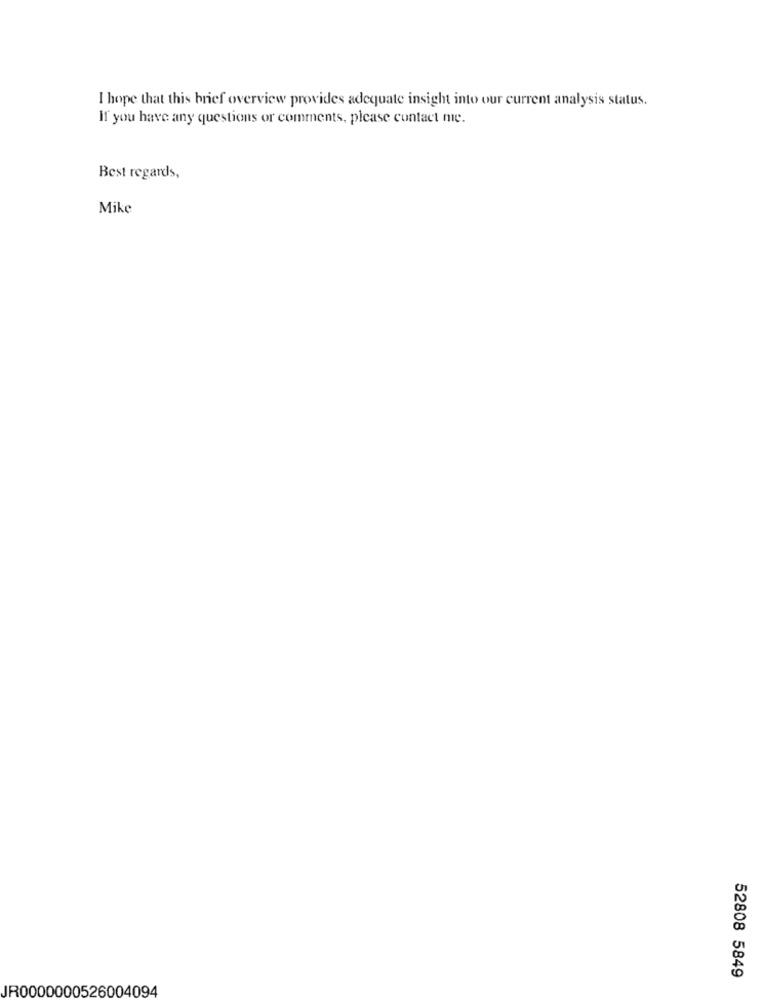
I hope that this brief overview provides adequate insight into our current analysis status.
If you have any questions or comments, please contact me.
Best regards,
Mike
52808 5849
JR0000000526004094